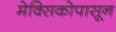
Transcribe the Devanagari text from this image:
मेक्सिकोपासून